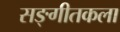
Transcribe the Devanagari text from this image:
सङ्गीतकला